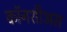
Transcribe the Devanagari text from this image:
कॉनशीअस